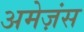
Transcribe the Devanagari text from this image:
अमेज़ंस